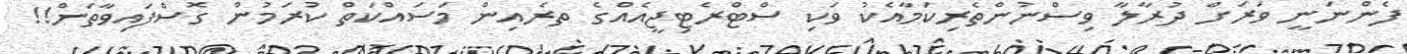
ފެންނަނީ ވަރަށް ދުރާލާ ވިސްނުންތެރިކަމާއެކު ވަކި ސްޓްރެޓިޖީއެއްގެ ތރެއިން މަސައްކަތް ކުރަމުން ގޮސްފައިވާތަން!!